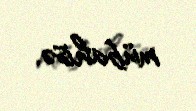
mübahisə.